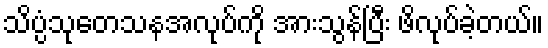
သိပ္ပံသုတေသနအလုပ်ကို အားသွန်ပြီး ဖိလုပ်ခဲ့တယ်။